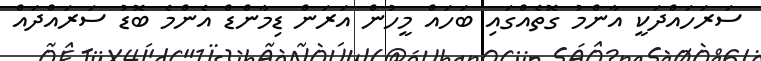
ސަރަހައްދަކީ އާންމު ގޮތެއްގައި ބަހައް މީހުން އަރަން ޑިމާންޑް އެންމެ ބޮޑު ސަރައްދައް